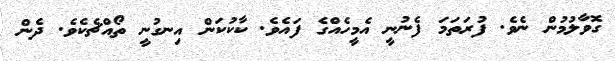
ގޮވާލުމުން ނެވެ. ފުރަތަމަ ފެނުނީ އެމީހެއްގެ ފައެވެ. ކާކުކަން އިނގުނީ ތޯއްޗެކެވެ. ދެން